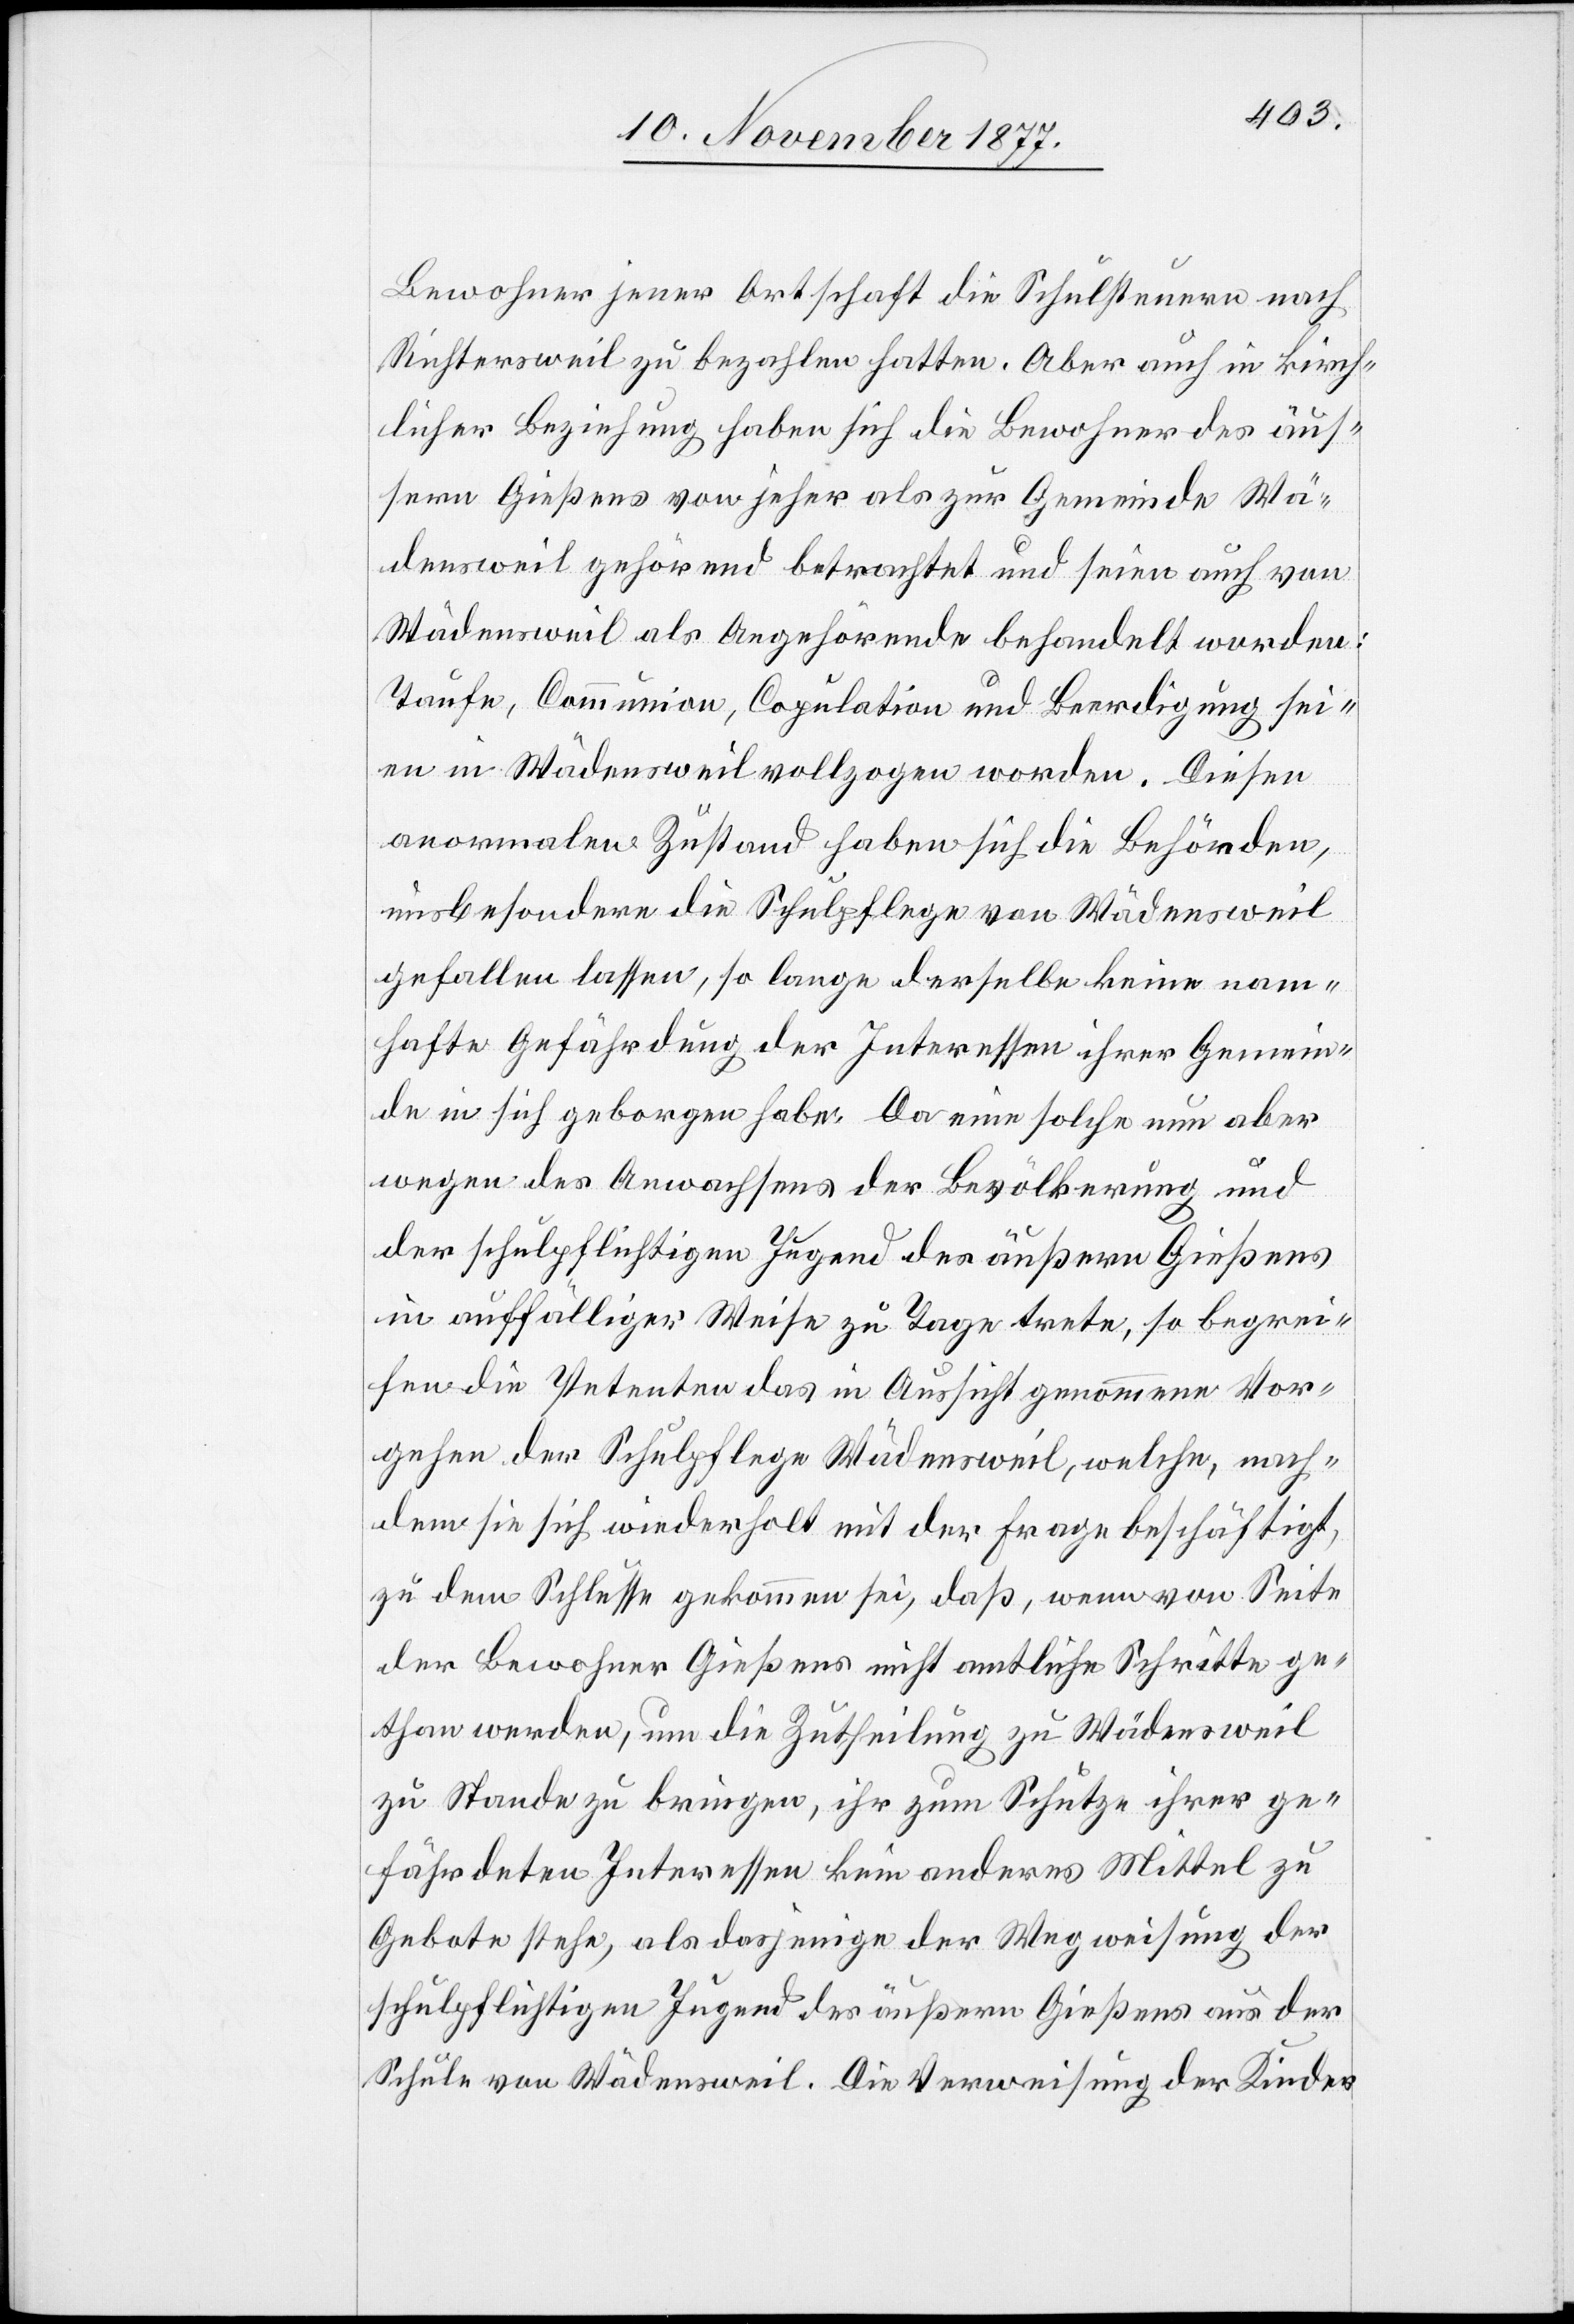
Bewohner jener Ortschaft die Schulsteuern nach
Richtersweil zu bezahlen hatten. Aber auch in kirch¬
licher Beziehung haben sich die Bewohner des äus¬
sern Gießens von jeher als zur Gemeinde Wä¬
densweil gehörend betrachtet und seien auch von
Wädensweil als Angehörende behandelt worden:
Taufe, Communion, Copulation und Beerdigung sei¬
en in Wädensweil vollzogen worden. Diesen
anormalen Zustand haben sich die Behörden,
insbesondere die Schulpflege von Wädensweil
gefallen lassen, so lange derselbe keine nam¬
hafte Gefährdung der Interessen ihrer Gemein¬
de in sich geborgen habe. Da eine solche nun aber
wegen des Anwachsens der Bevölkerung und
der schulpflichtigen Jugend des äußern Gießens
in auffälliger Weise zu Tage trete, so begrei¬
fen die Petenten das in Aussicht genommene Vor¬
gehen der Schulpflege Wädensweil, welche, nach¬
dem sie sich wiederholt mit der Frage beschäftigt,
zu dem Schlusse gekommen sei, daß, wenn von Seite
der Bewohner Gießens nicht amtliche Schritte ge¬
than werden, um die Zutheilung zu Wädensweil
zu Stande zu bringen, ihr zum Schutze ihrer ge¬
fährdeten Interessen kein anderes Mittel zu
Gebote stehe, als dasjenige der Wegweisung der
schulpflichtigen Jugend des äußern Gießens aus der
Schule von Wädensweil. Die Verweisung der Kinder